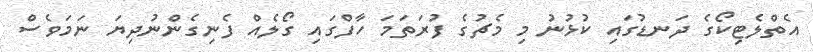
އެތްލެޓިކޯގެ ދަނޑުގައި ކުޅުނު މި މެޗުގެ ފުރަތަމަ ހާފްގައި ގޯލެއް ފެނިގެންނުދިޔަ ނަމަވެސް